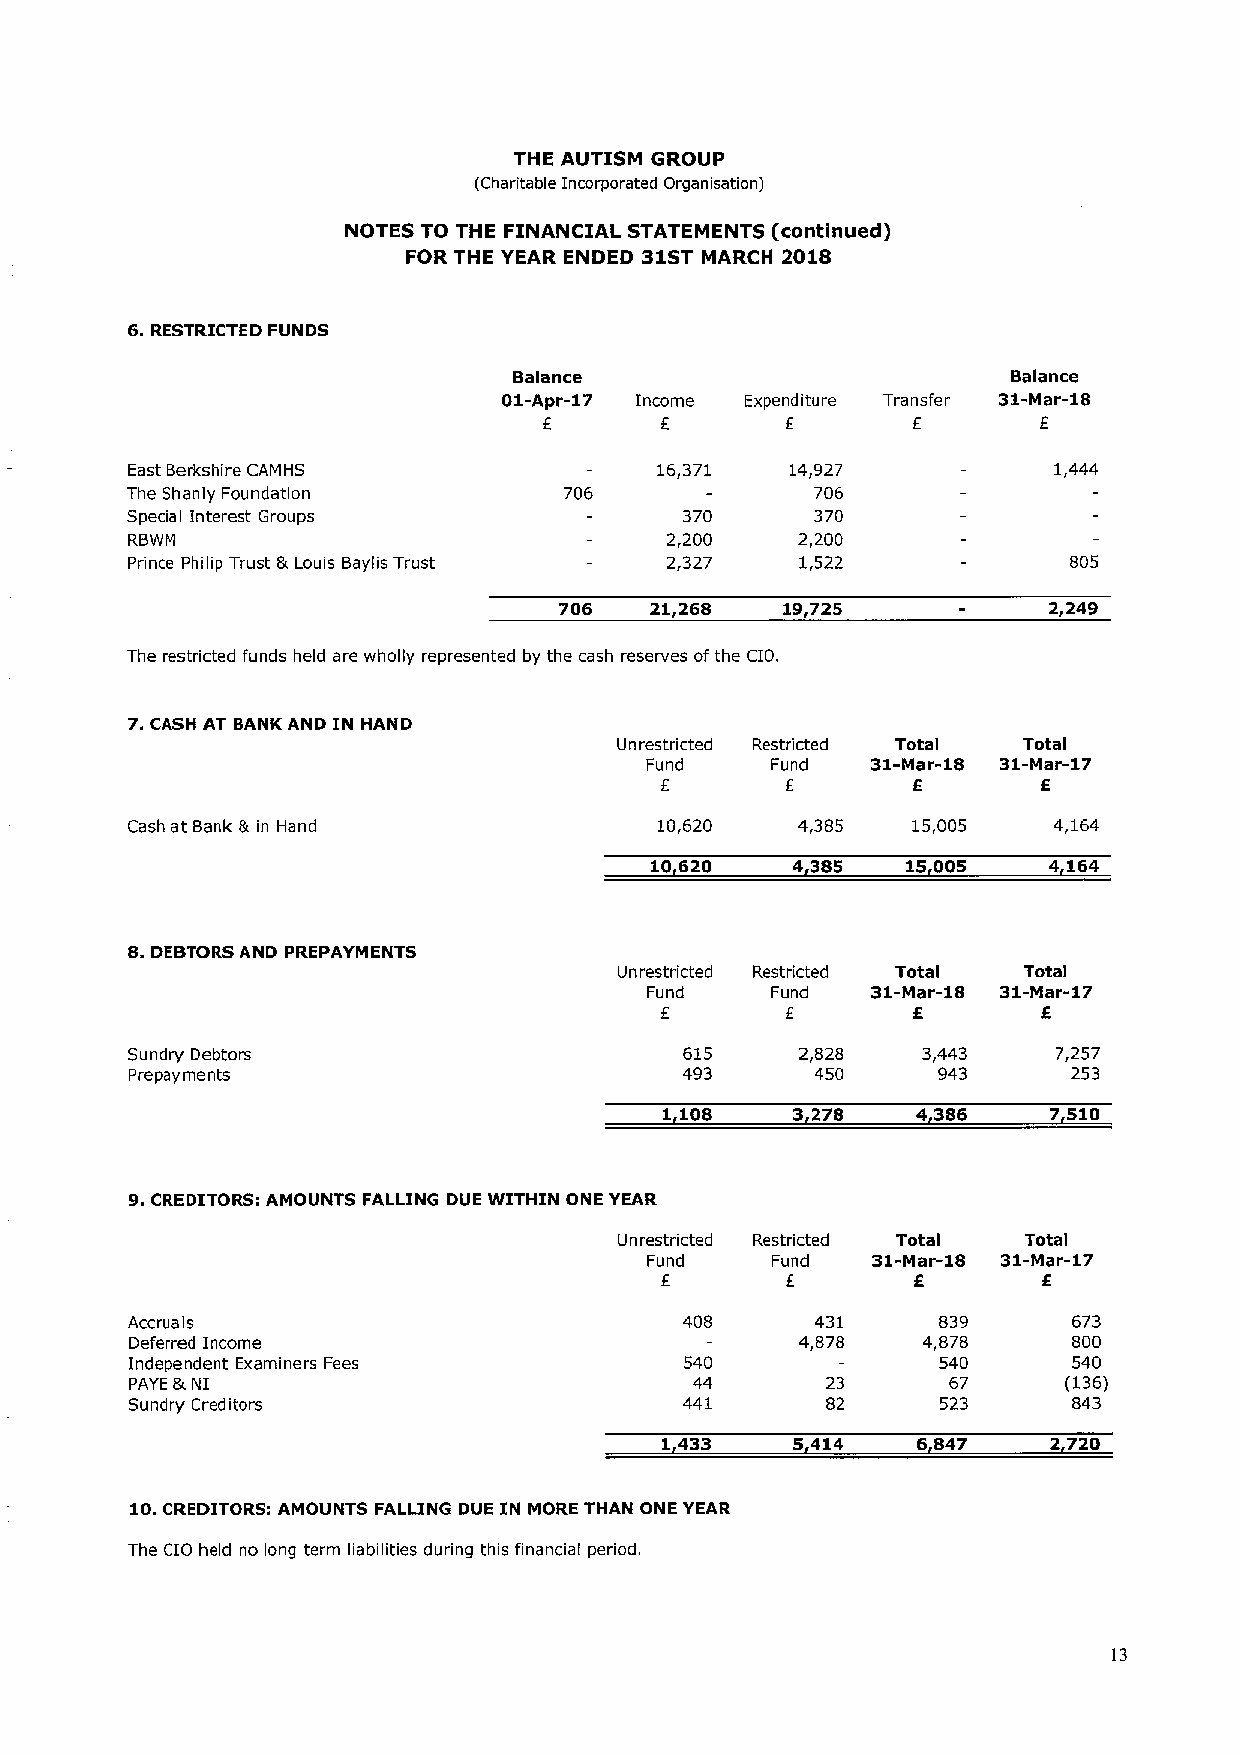
THE AUTISM GROUP
 (Charitable Incorporated Organisation)
 NOTES TO THE FINANCIAL STATEMENTS (continued)
 FOR THE YEAR ENDED 31STMARCH 2018
 6.RESTRICTED FUNDS
 Balance                          Balance
 01-Apr-17 Income Expenditure Transfer 31-Mar-18
 f
 E       E
 East Berkshire CAMHS               16,371   14,927            1,444
 The Shanly Foundation        706              706
 Specia Interest Groups               370      370
 I
 RBWN                                2,200    2,200
 Prince Philip Trust 5 Louis Baylis Trust 2,327 1,522           805
 706   21,268   19,725           2,249
 The restricted funds held are wholly represented by the cash reserves ofthe CIO.
 7.CASH AT BANK AND IN HAND
 Unrestricted Restricted Total Total
 Fund    Fund   31-Mar-18 31-Mar-17
 f        f
 E
 Cash at Bank tk in Hand            10,620    4,385  15,005    4,164
 10620    4 385   15005    4 164
 8.DEBTORSAND PREPAYMENTS
 Unrestricted Restricted Total Total
 Fund    Fund   31-Mar-18 31-Mar-17
 f        f
 E
 Sundry Debtors                       615     2/828   3,443    7,257
 Prepayments                         493      450     943      253
 1 108    3 278   4 386    7 510
 9.CREDITORS: AMOUNTS FALLING DUE WITHIN ONE YEAR
 Unrestricted Restricted Total Total
 Fund    Fund   31-Mar-18 31-Mar-17
 f               f        f
 Accrua is                            408      431     839      673
 Deferred Income                             4,878   4,878     800
 Independent Examiners Fees          540              540      540
 PAYE 8/. NI                          44       23      67     (136)
 Sundry Creditors                    441       82     523      843
 1433     5 414   6 847    2 720
 10.CREDITORS: AMOUNTS FALLING DUE IN MORE THAN ONE YEAR
 The CIO held no long term liabilities during this financial period.
 13